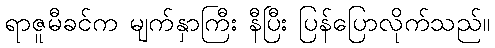
ရာဇူမီခင်က မျက်နှာကြီး နီပြီး ပြန်ပြောလိုက်သည်။